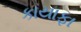
કાયાફા